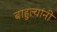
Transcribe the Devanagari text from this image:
बाहुल्यांनी